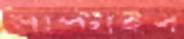
সাপ্‌টাইব